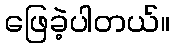
ဖြေခဲ့ပါတယ်။